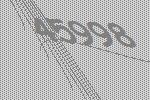
45998